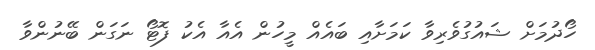
ހޯދުމަށް ޝައުގުވެރިވާ ކަމަށާއި ބައެއް މީހުން އެއާ އެކު ފޮޓޯ ނަގަން ބޭނުންވާ